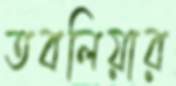
তবলিয়ার